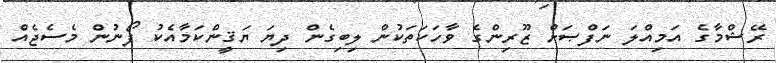
ރޭޝްމާގެ އަމިއްލަ ނަފްޞަށް ޒޫރިންގެ ވާހަކަތަކުން ލިބިގެން ދިޔަ ޔަޤީންކަމާއެކު ފޯނުން މެސެޖެއް